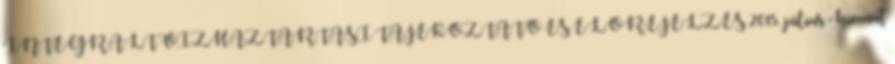
INTEGRÁLT VÍZHÁZTARTÁSI TÁJÉKOZTATÓ ÉS ELŐREJELZÉS 2015. július - kivonat